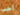
أحب